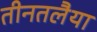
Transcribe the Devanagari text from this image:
तीनतलैया